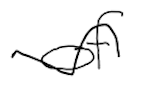
Text: of
Cross-out: mix
Writing tool: digital_black